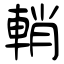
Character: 輎